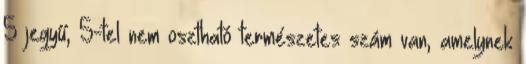
5 jegyű, 5-tel nem osztható természetes szám van, amelynek